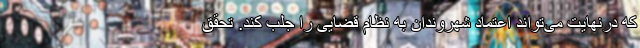
که درنهایت می‌تواند اعتماد شهروندان به نظام قضایی را جلب کند. تحقق